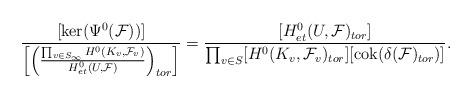
LaTeX: \begin{align*} \frac{[\ker(\Psi^0(\mathcal{F}))]}{\left[\left( \frac{\prod_{v\in S_{\infty}}H^0(K_v,\mathcal{F}_v)}{H^0_{et}(U,\mathcal{F})}\right)_{tor}\right]} = \frac{[H^0_{et}(U,\mathcal{F})_{tor}]} {\prod_{v\in S}[H^0(K_v,\mathcal{F}_v)_{tor}][\mathrm{cok}(\delta(\mathcal{F})_{tor})]}. \end{align*}